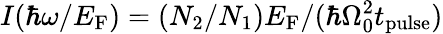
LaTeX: I(\hbar\omega/E_{\mathrm{F}})=(N_{2}/N_{1})E_{\mathrm{F}}/(\hbar\Omega_{0}^{2}t_{\mathrm{pulse}})